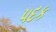
પદક